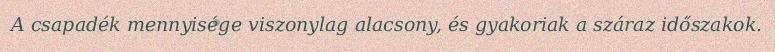
A csapadék mennyisége viszonylag alacsony, és gyakoriak a száraz időszakok.